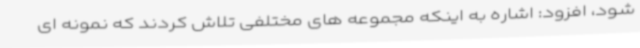
شود، افزود: اشاره به اینکه مجموعه های مختلفی تلاش کردند که نمونه ای